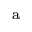
^ \mathrm { a }